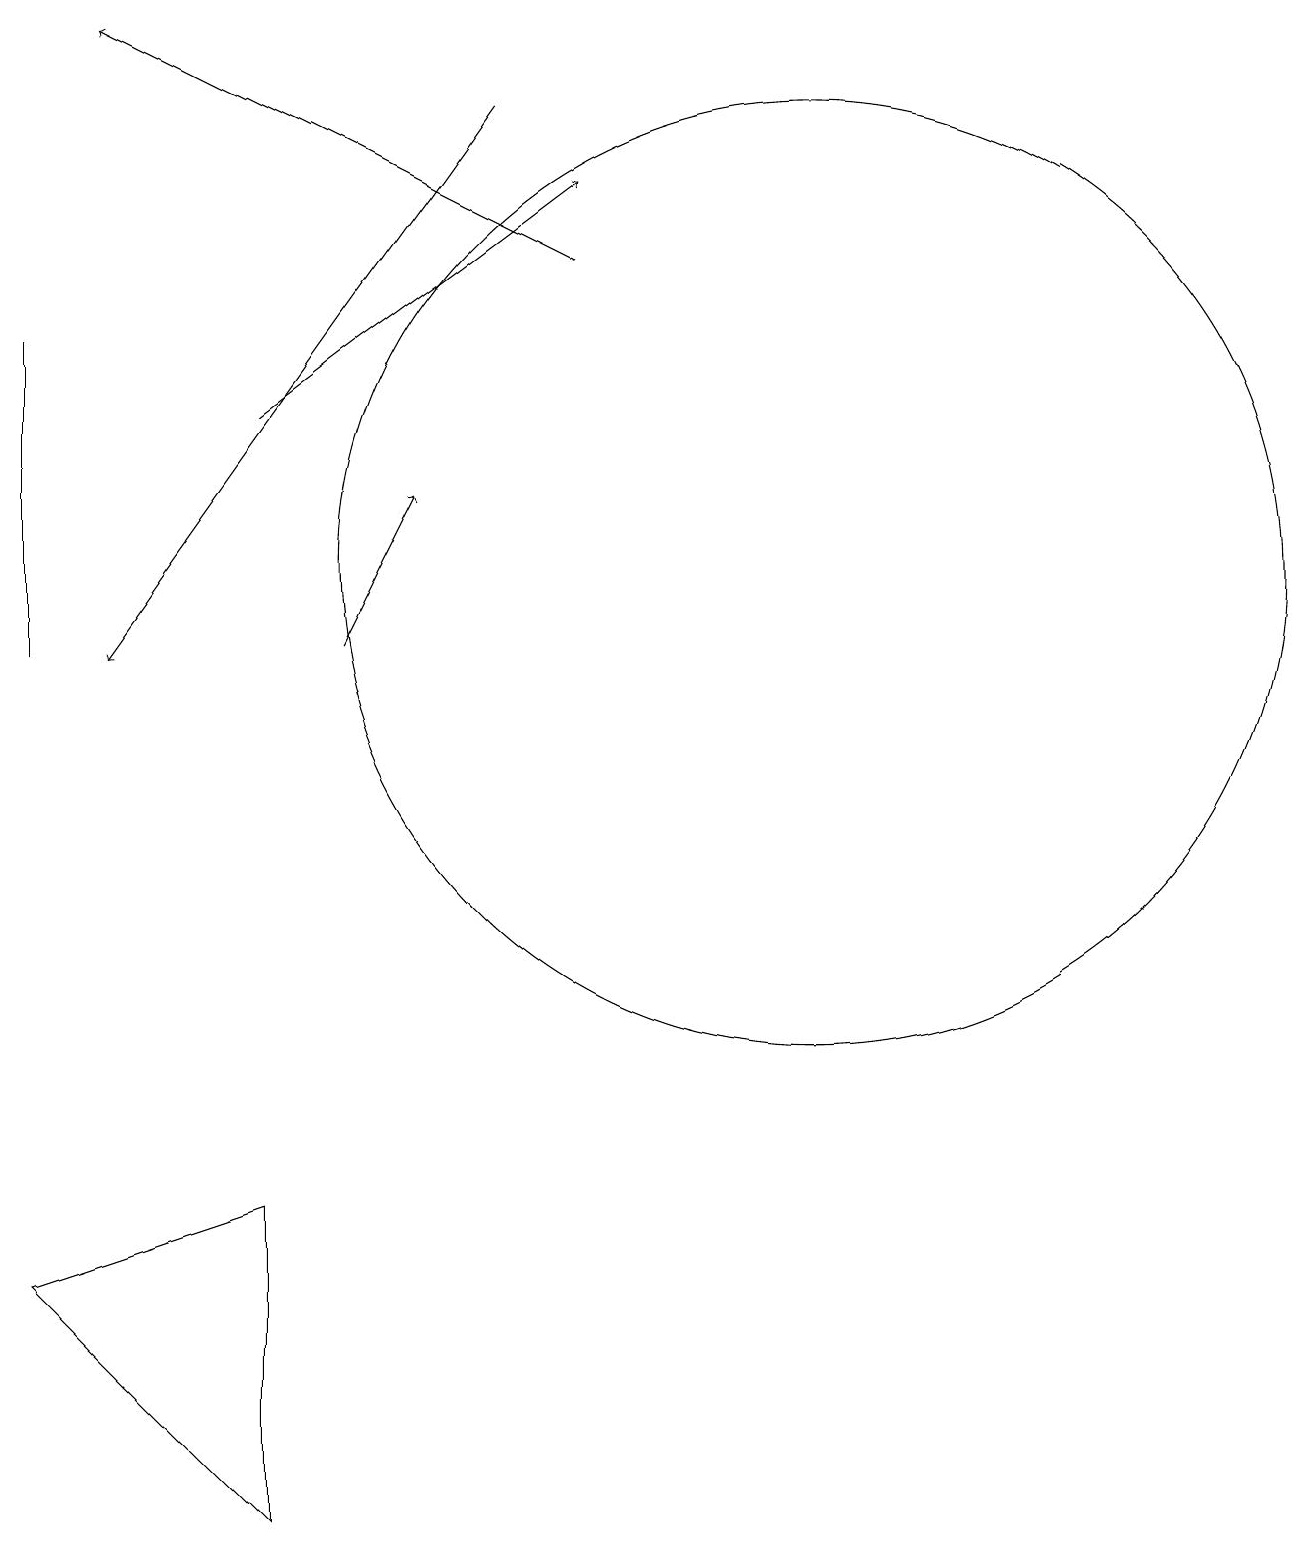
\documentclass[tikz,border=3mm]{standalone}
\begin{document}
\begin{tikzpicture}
\draw[->] (3,14) -- (7,17);
\draw (0,15) rectangle (0,11);
\draw (10,12) circle (6);
\draw[->] (6,18) -- (1,11);
\draw[->] (4,11) -- (5,13);
\draw (3,4) -- (0,3) -- (3,0) -- cycle;
\draw[->] (7,16) -- (1,19);
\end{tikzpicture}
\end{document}